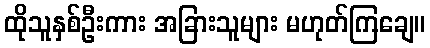
ထိုသူနှစ်ဦးကား အခြားသူများ မဟုတ်ကြချေ။